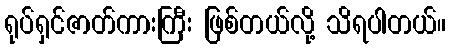
ရုပ်ရှင်ဇာတ်ကားကြီး ဖြစ်တယ်လို့ သိရပါတယ်။